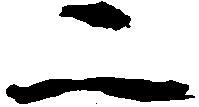
二